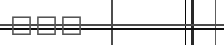
١٤٦